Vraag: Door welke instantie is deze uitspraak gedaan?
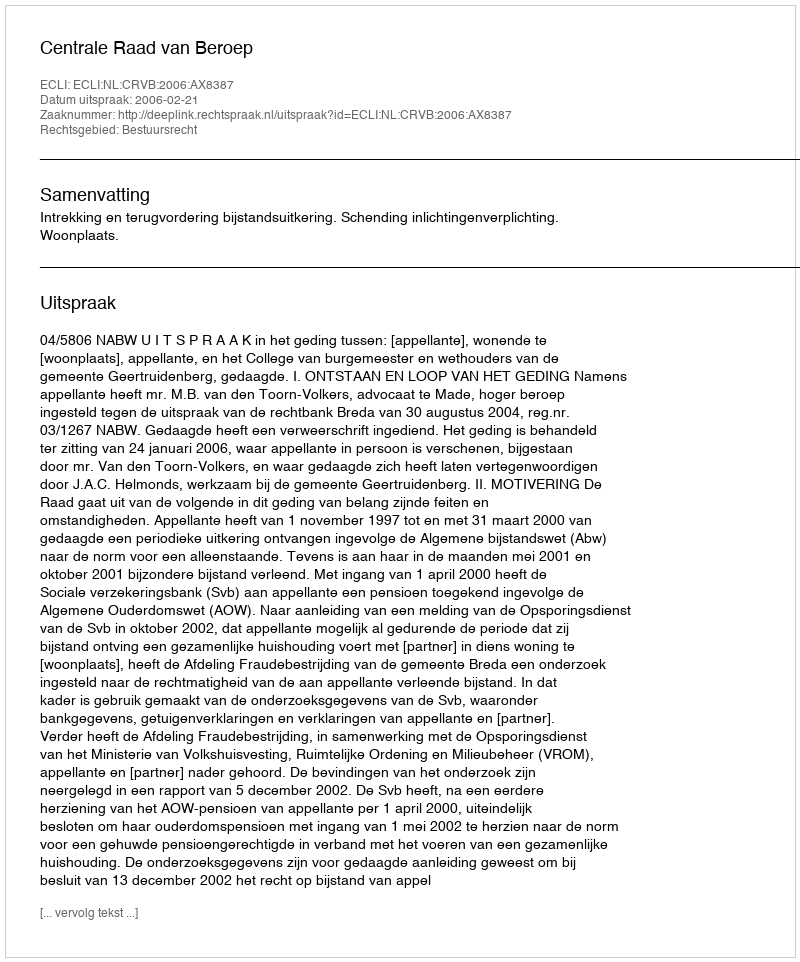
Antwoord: Centrale Raad van Beroep